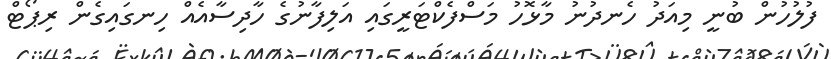
ފުލުހުން ބުނީ މިއަދު ހެނދުނު މާޅޮހު މަސްފެކްޓަރީގައި އަލިފާނުގެ ހާދިސާއެއް ހިނގައިގެން ރިޕޯޓް